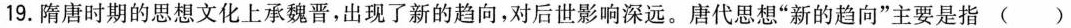
19.隋唐时期的思想文化上承魏晋，出现了新的趋向，对后世影响深远。唐代思想”新的趋向”主要是指()